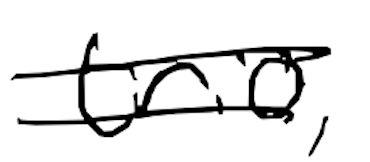
Text: trio,
Cross-out: double-line
Writing tool: digital_black